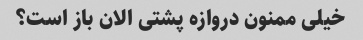
خیلی ممنون دروازه پشتی الان باز است؟